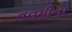
નવમીના